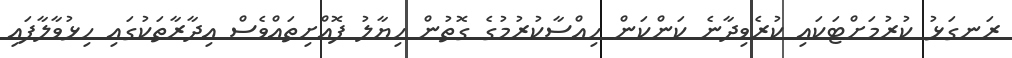
ރަނގަޅު ކުރުމަށްޓަކައި ކުރެވިދާނެ ކަންކަން ހިއްސާކުރުމުގެ ގޮތުން ހިޔާލު ފޮއްށިތައްވެސް އިދާރާތަކުގައި ހިޅުވާލާފައި